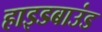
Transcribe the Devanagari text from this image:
हाइडबाउंड